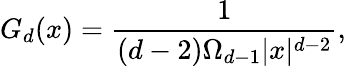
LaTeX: G_{d}(x)=\frac{1}{(d-2)\Omega_{d-1}|x|^{d-2}},